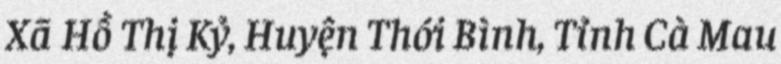
Xã Hồ Thị Kỷ, Huyện Thới Bình, Tỉnh Cà Mau